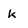
Character: k